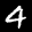
Label: 4